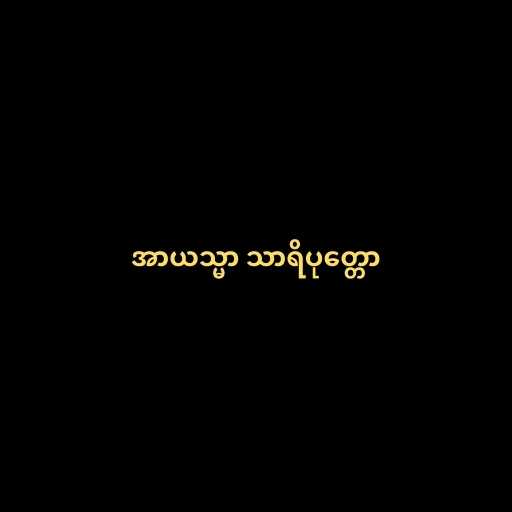
အာယသ္မာ သာရိပုတ္တော